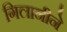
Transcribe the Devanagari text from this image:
गिलानीने